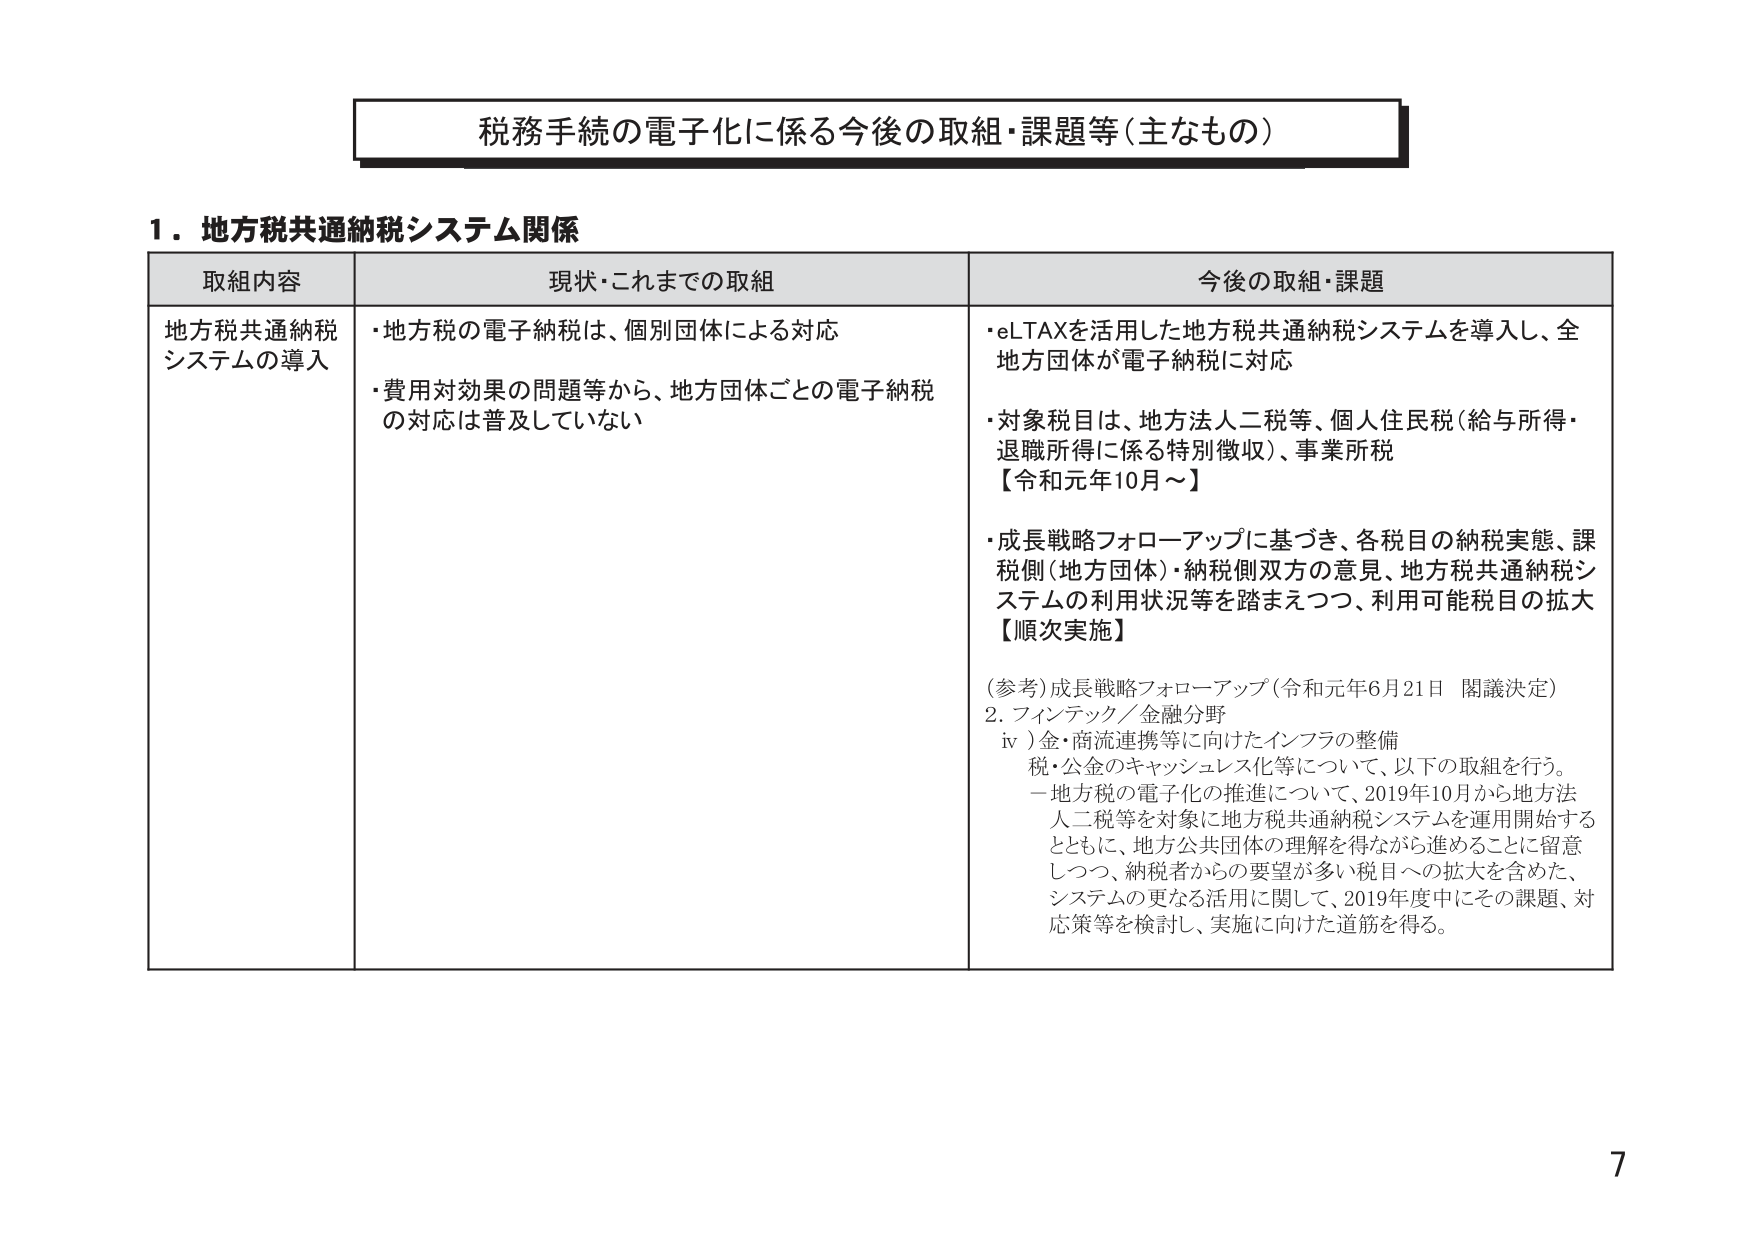
税務手続の電子化に係る今後の取組・課題等（主なもの）

１．地方税共通納税システム関係

取組内容　　　　　　　　　　現状・これまでの取組　　　　　　　　　　今後の取組・課題

地方税共通納税　　　　　　・地方税の電子納税は、個別団体による対応　　　　・eLTAXを活用した地方税共通納税システムを導入し、全
システムの導入　　　　　　・費用対効果の問題等から、地方団体ごとの電子納税　　　　地方団体が電子納税に対応
　　　　　　　　　　　　　　の対応は普及していない　　　　　　　　　　　　・対象税目は、地方法人二税等、個人住民税（給与所得・
　　　　　　　　　　　　　　　　　　　　　　　　　　　　　　　　　　　　退職所得に係る特別徴収）、事業所税
　　　　　　　　　　　　　　　　　　　　　　　　　　　　　　　　　　　　【令和元年10月～】
　　　　　　　　　　　　　　　　　　　　　　　　　　　　　　　　　　　　・成長戦略フォローアップに基づき、各税目の納税実態、課
　　　　　　　　　　　　　　　　　　　　　　　　　　　　　　　　　　　　税側（地方団体）・納税側双方の意見、地方税共通納税シ
　　　　　　　　　　　　　　　　　　　　　　　　　　　　　　　　　　　　ステムの利用状況等を踏まえつつ、利用可能税目の拡大
　　　　　　　　　　　　　　　　　　　　　　　　　　　　　　　　　　　　【順次実施】

（参考）成長戦略フォローアップ（令和元年6月21日 閣議決定）
2. フィンテック／金融分野
　iv）金・商流連携等に向けたインフラの整備
　　税・公金のキャッシュレス化等について、以下の取組を行う。
　　－地方税の電子化の推進について、2019年10月から地方法
　　人二税等を対象に地方税共通納税システムを運用開始する
　　とともに、地方公共団体の理解を得ながら進めることに留意
　　しつつ、納税者からの要望が多い税目への拡大を含めた、
　　システムの更なる活用に関して、2019年度中にその課題、対
　　応策等を検討し、実施に向けた道筋を得る。

7